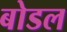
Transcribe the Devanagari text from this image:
बोडल